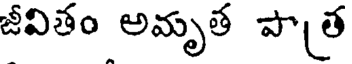
జీవితం అమృత పాత